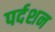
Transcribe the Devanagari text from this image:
पर्दशन